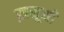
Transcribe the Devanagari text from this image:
ख़सूसी